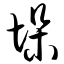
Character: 垛